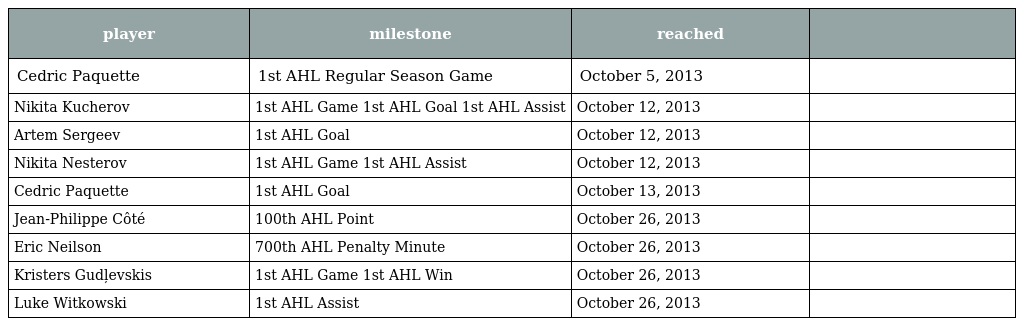
| player | milestone | reached |  |
 | --- | --- | --- | --- |
 | Cedric Paquette | 1st AHL Regular Season Game | October 5, 2013 |  |
 | Nikita Kucherov | 1st AHL Game 1st AHL Goal 1st AHL Assist | October 12, 2013 |  |
 | Artem Sergeev | 1st AHL Goal | October 12, 2013 |  |
 | Nikita Nesterov | 1st AHL Game 1st AHL Assist | October 12, 2013 |  |
 | Cedric Paquette | 1st AHL Goal | October 13, 2013 |  |
 | Jean-Philippe Côté | 100th AHL Point | October 26, 2013 |  |
 | Eric Neilson | 700th AHL Penalty Minute | October 26, 2013 |  |
 | Kristers Gudļevskis | 1st AHL Game 1st AHL Win | October 26, 2013 |  |
 | Luke Witkowski | 1st AHL Assist | October 26, 2013 |  |